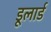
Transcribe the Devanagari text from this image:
डूलार्ड